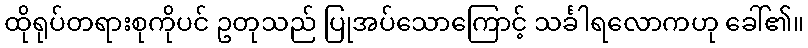
ထိုရုပ်တရားစုကိုပင် ဥတုသည် ပြုအပ်သောကြောင့် သင်္ခါရလောကဟု ခေါ်၏။